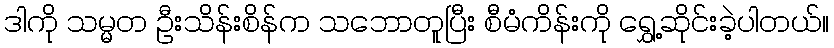
ဒါကို သမ္မတ ဦးသိန်းစိန်က သဘောတူပြီး စီမံကိန်းကို ရွှေ့ဆိုင်းခဲ့ပါတယ်။